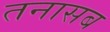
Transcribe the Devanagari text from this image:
तनासब